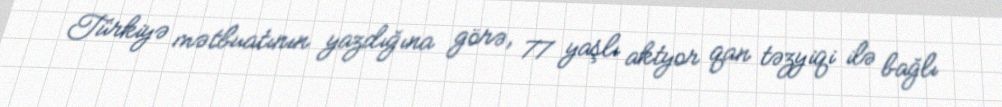
Türkiyə mətbuatının yazdığına görə, 77 yaşlı aktyor qan təzyiqi ilə bağlı